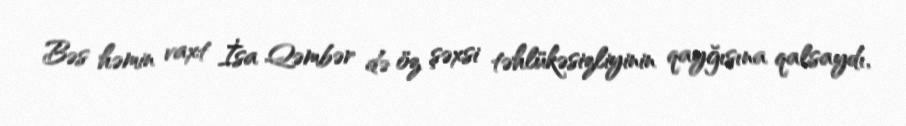
Bəs həmin vaxt İsa Qəmbər də öz şəxsi təhlükəsizliyinin qayğısına qalsaydı,